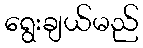
ရွေးချယ်မည်